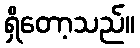
ရှိတော့သည်။